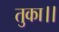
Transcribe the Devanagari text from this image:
तुका।।